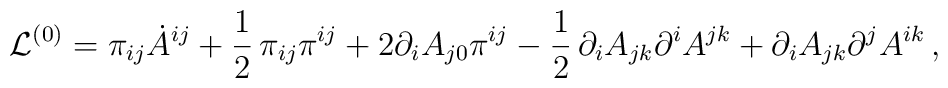
{\cal L}^{(0)}=\pi_{ij}\dot A^{ij}+{1\over2}\,\pi_{ij}\pi^{ij}+2\partial_iA_{j0}\pi^{ij}-{1\over2}\,\partial_iA_{jk}\partial^iA^{jk}+\partial_iA_{jk}\partial^jA^{ik}\,,